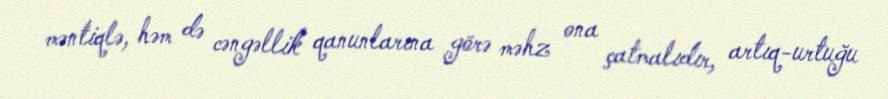
məntiqlə, həm də cəngəllik qanunlarına görə məhz ona çatmalıdır, artıq-urtuğu